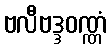
ဗလီဗဒ္ဒဝဏ္ဏံ